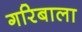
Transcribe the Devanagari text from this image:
गरिबाला